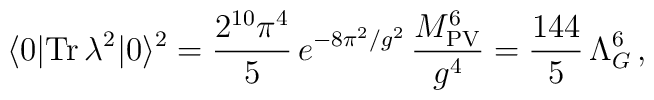
\langle 0|{\rm Tr}\,\lambda^2|0\rangle^2= \frac{2^{10}\pi^4}{5}\,e^{-8\pi^2/g^2}\,\frac{M_{\rm PV}^6}{g^4}=\frac{144}{5}\,\Lambda_G^6\,,